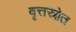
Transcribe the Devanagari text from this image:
वृत्तस्रोत